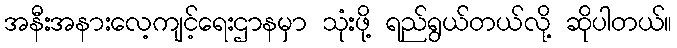
အနီးအနားလေ့ကျင့်ရေးဌာနမှာ သုံးဖို့ ရည်ရွယ်တယ်လို့ ဆိုပါတယ်။